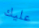
عليك